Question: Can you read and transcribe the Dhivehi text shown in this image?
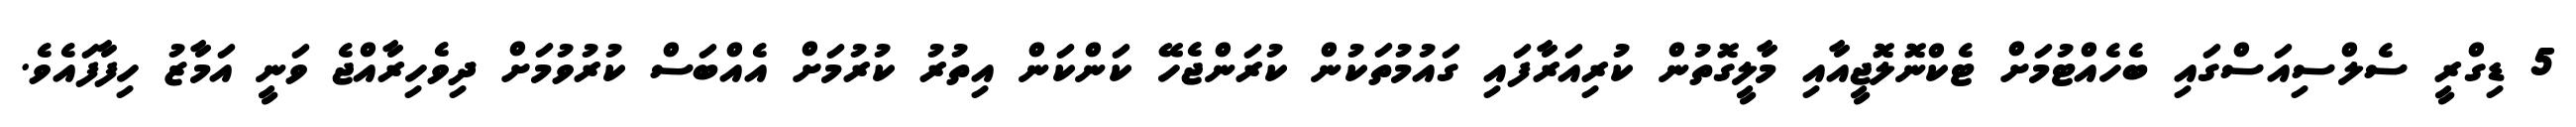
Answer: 5 ޑިގްރީ ސެލްސިއަސްގައި ބެހެއްޓުމަށް ޓެކްނޮލޮޖީއާއި މާލީގޮތުން ކުރިއަރާފައި ގައުމުތަކުން ކުރަންޖެހޭ ކަންކަން އިތުރު ކުރުމަށް އެއްބަސް ކުރުވުމަށް ދިވެހިރާއްޖެ ވަނީ އަމާޒު ހިފާފައެވެ.